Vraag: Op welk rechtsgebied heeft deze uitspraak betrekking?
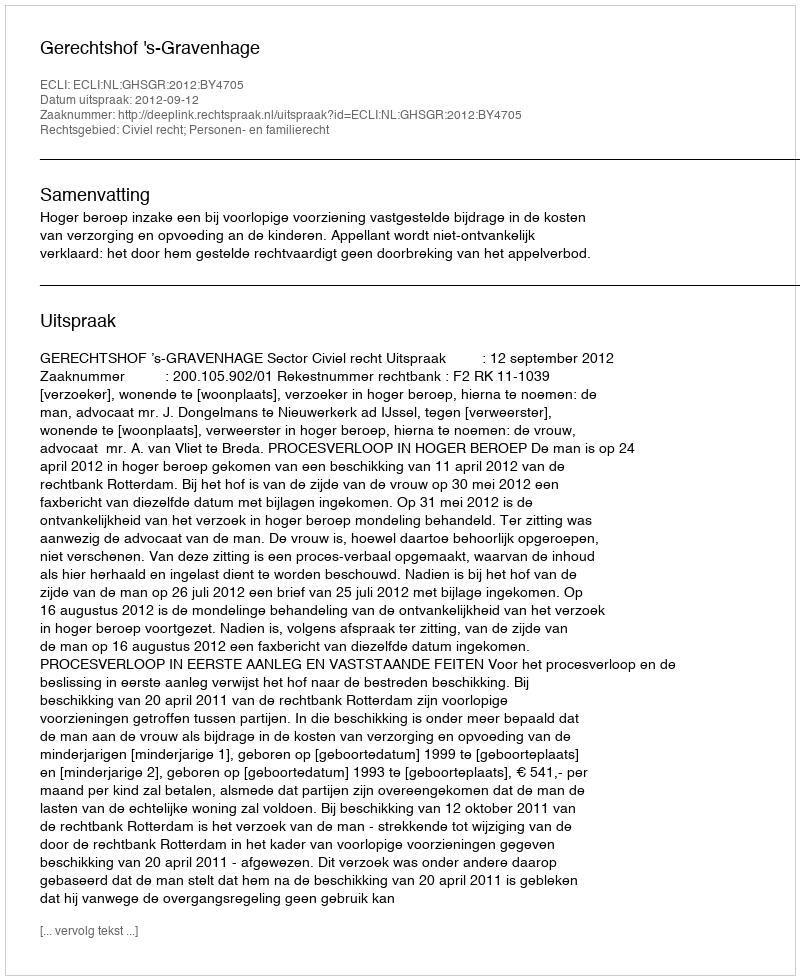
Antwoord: Civiel recht; Personen- en familierecht